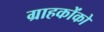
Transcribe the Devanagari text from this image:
ग्राहकोंको